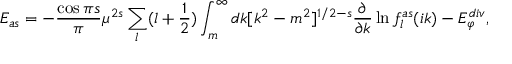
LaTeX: E _ { a s } = - { \frac { \cos { \pi s } } { \pi } } \mu ^ { 2 s } \sum _ { l } ( l + \frac 1 2 ) \int _ { m } ^ { \infty } d k [ k ^ { 2 } - m ^ { 2 } ] ^ { 1 / 2 - s } \frac { \partial } { \partial k } \ln f _ { l } ^ { a s } ( i k ) - E _ { \varphi } ^ { d i v } ,